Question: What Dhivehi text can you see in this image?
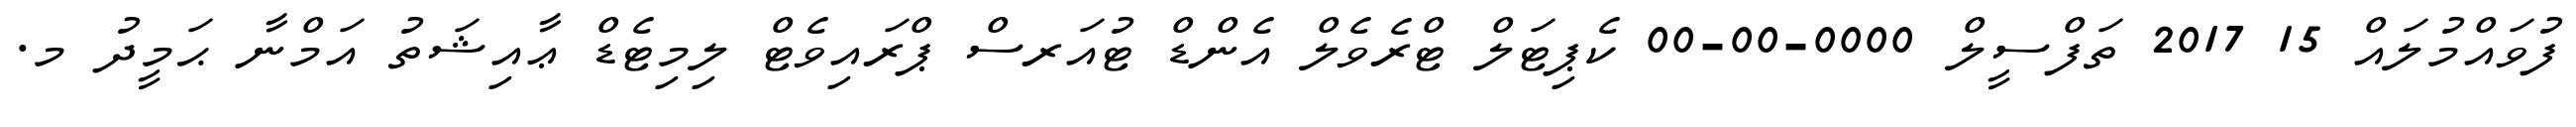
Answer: ފުވައްމުލައް 15 2017 ތަފްސީލް 0000-00-00 ކެޕިޓަލް ޓްރެވެލް އެންޑް ޓުއަރސް ޕްރައިވެޓް ލިމިޓެޑް ޢާއިޝަތު އަމްނާ ޙަމީދު މ.